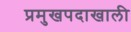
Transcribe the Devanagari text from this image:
प्रमुखपदाखाली